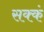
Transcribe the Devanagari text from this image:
सक्कं